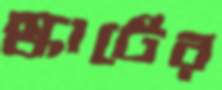
স্কাটের